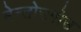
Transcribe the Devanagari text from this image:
मेन्तोउगोउ